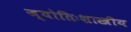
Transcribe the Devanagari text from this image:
ज्योतिःशास्त्रीय